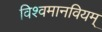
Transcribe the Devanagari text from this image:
विश्वमानवियम्